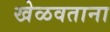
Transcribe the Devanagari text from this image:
खेळवताना